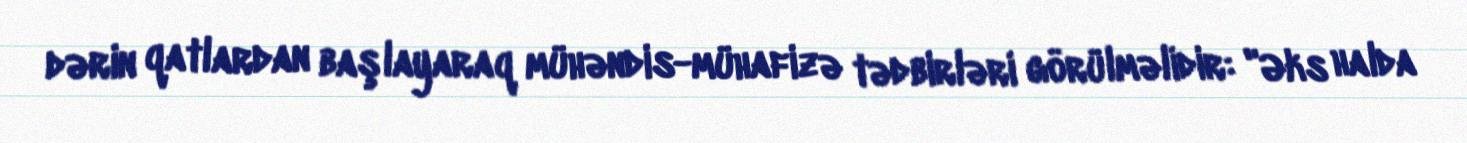
dərin qatlardan başlayaraq mühəndis-mühafizə tədbirləri görülməlidir: "Əks halda